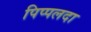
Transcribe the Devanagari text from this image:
पिप्‍पलदा